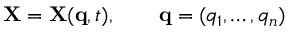
{ \bf X } = { \bf X } ( { \bf q } , t ) , \qquad { \bf q } = ( q _ { 1 } , \dots , q _ { n } )